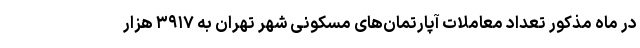
در ماه مذکور تعداد معاملات آپارتمان‌های مسکونی شهر تهران به ۳۹۱۷ هزار